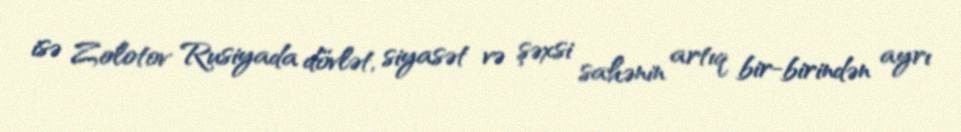
isə Zolotov Rusiyada dövlət, siyasət və şəxsi sahənin artıq bir-birindən ayrı